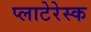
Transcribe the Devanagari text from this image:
प्लाटेरेस्क